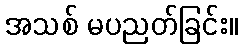
အသစ် မပညတ်ခြင်း။